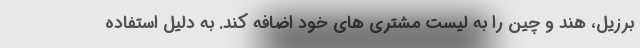
برزیل، هند و چین را به لیست مشتری های خود اضافه کند. به دلیل استفاده